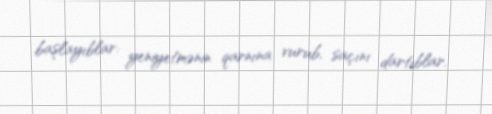
başlayıblar: yeniyetmənin qarnına vurub, saçını dartıblar.